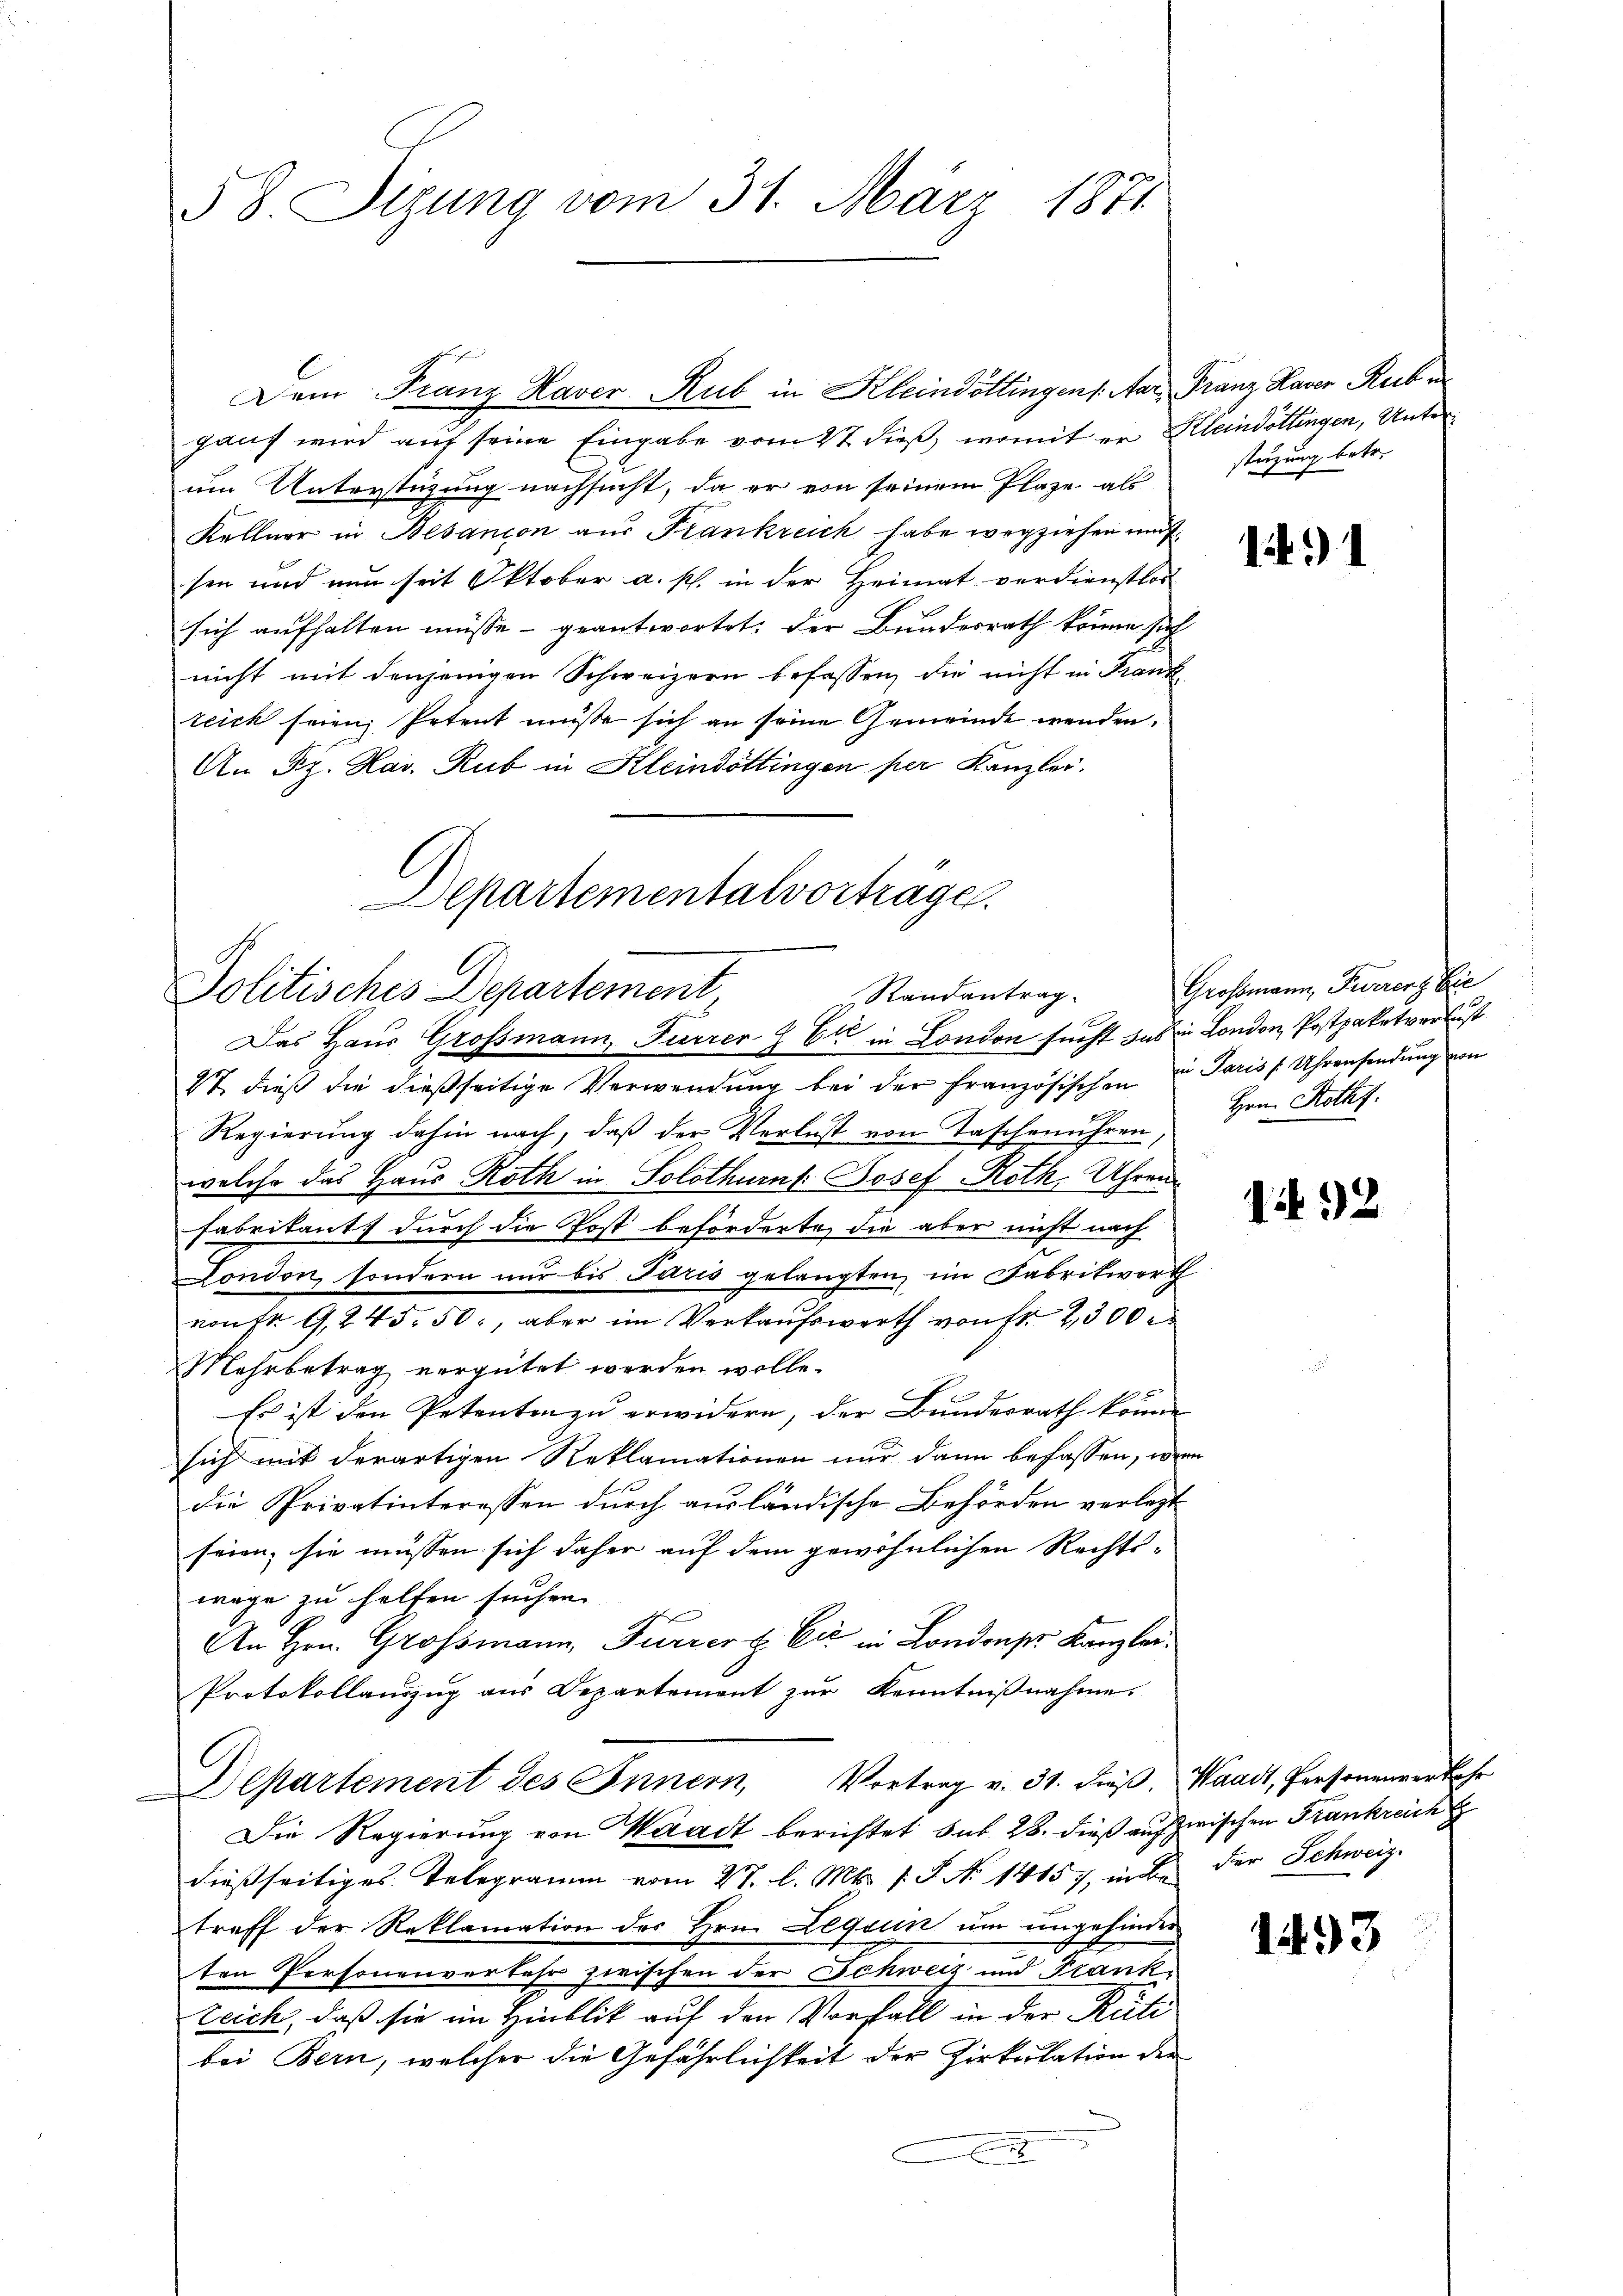
58. Sizung vom 31. März 1871

Dem Franz Haver Rub in Kleinöllingens. Aar Franz Hauer Rucke
gauf wird auf seine Eingabe vom 27 dieß, womit er Kleindottingen, Unterum Unterstüzung nachsucht, da er von seinem Plaze, als
Kellner in Besanion aus Frankreich habe wegziehen und
sen und nun seit Oktober a. s. in der Heimat verdienstlos
sich aufhalten müsse - geantwortet, der Bundesrath könne sich
nicht mit denjenigen Schweizern befassen, die nicht in Frankteick seien, Petent müsse sich an seine Gemeinde wenden.
An Dz. Has. Rub in Kleindöttingen per Kanzlei.
Departementalvorträge

Politisches Departement
Randantrag

Das Haus Grossmann, Furrer Z Et in London sucht das in London, Postpaketverlust
47 dieß die dießseitige Verwendung bei der französischen in Paris 1 Uhrensendung von
Regierŭng dahin nach, daβ der Verlust von Taschenuhren Hrn. Rothf.
welche das Haus Roth in Solothurn Josef Roth, Uhren
Fabrikants durch die Post beförderte, die aber nicht nach
Fondon sondern nur bis Paris gelangten im Fabritwert
vontr. G. 245. 50, aber im Verkaufswerth von fr. 2300 r
Mehrbetrag vergütet werden wolle.
x
Es ist den Petenten zu erwidern, der Bundesrath könne
sich mit derartigen Reklamationen nur dann befassen, wenn
die Privatinteressen durch ausländische Behörden verlegt
seien; sie müssen sich daher auf dem gewöhnlichen Rechts-
wäge zu helfen suchen.
An Hrn. Grossmann, Furrer & Cie in Londonser Kanzlei
Protokollauszug aus Departement zur Kenntnißnahme.
Departement des Innern, Vortrag v. 31. dieβ. Waadt, Personenverkehr
Die Regierung von Waadt berichtet sub 28. dieß aufzwischen Frankreich
dießseitiges Telegramm vom 27. l. Mts. s. S. No 14157, in der Schweiz.
treff der Reklamation des Hrn. Lequuin um ungehinder
ten Personenverkehr zwischen der Schweiz und Trank-
Zeich, daß sie im Hinblik auf den Vorfall in der Rüti
bei Bern, welcher die Gefährlichkeit der Zirkulation der
n

stürzung betr.

1491

Großmann, Furrers Brie

132

1493